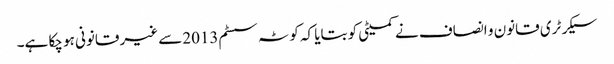
سیکرٹری قانون و انصاف نے کمیٹی کو بتایا کہ کوٹہ سسٹم2013سے غیر قانونی ہو چکا ہے۔